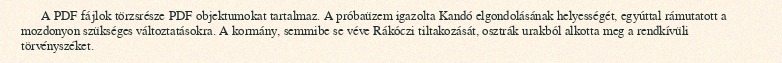
A PDF fájlok törzsrésze PDF objektumokat tartalmaz. A próbaüzem igazolta Kandó elgondolásának helyességét, egyúttal rámutatott a mozdonyon szükséges változtatásokra. A kormány, semmibe se véve Rákóczi tiltakozását, osztrák urakból alkotta meg a rendkívüli törvényszéket.